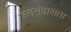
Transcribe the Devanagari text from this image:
जलसंत्रासता